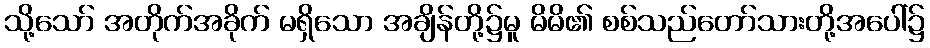
သို့သော် အတိုက်အခိုက် မရှိသော အချိန်တို့၌မူ မိမိ၏ စစ်သည်တော်သားတို့အပေါ်၌